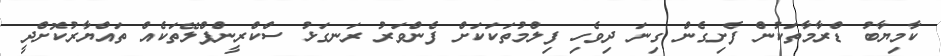
ކާމިޔާބު ޑްރާމާތަކުން ފެށިގެން ގިނަ ދިވެހި ފިލްމުތަކަކަށް ފެންވަރު ރަނގަޅު ސްކްރީންޕްލޭތަކެއް ތައްޔާރުކޮށްދީ